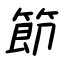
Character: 節